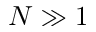
N \gg 1